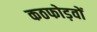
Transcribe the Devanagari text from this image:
कठफोड़वों